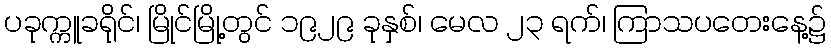
ပခုက္ကူခရိုင်၊ မြိုင်မြို့တွင် ၁၉၂၉ ခုနှစ်၊ မေလ ၂၃ ရက်၊ ကြာသပတေးနေ့၌